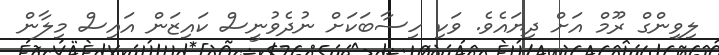
ލިވިންގް ރޫމް އަށް ދިޔައެވެ. ވަކި ހިސާބަކަށް ނުދެވުނީސް ކައިޒަން އައިސް މިލާން